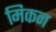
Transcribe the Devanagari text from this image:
मिकन